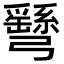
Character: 𢑂